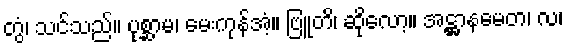
တွံ၊ သင်သည်။ ပုစ္ဆာမ၊ မေးကုန်အံ့။ ဗြူတိ၊ ဆိုလော့။ အဋ္ဌာနမေတ၊ လ၊